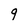
Character: 9